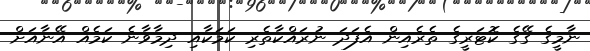
ނާމީގެ ގޭގެ ކޮޓަރީގެ ތެރެއިން އެފަދަ ނުރައްކާތެރި ކަމަކާއި ދިމާވާނެ ކަމެއް އޭނާއަށް